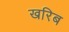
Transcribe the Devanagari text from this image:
खरिब